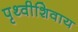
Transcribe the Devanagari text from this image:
पृथ्वीशिवाय